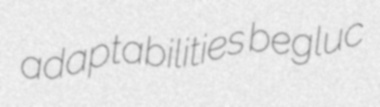
adaptabilities begluc